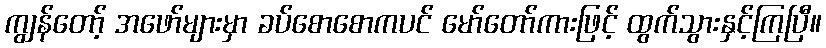
ကျွန်တော့် အဖော်များမှာ ခပ်စောစောကပင် မော်တော်ကားဖြင့် ထွက်သွားနှင့်ကြပြီ။